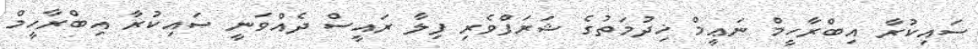
ސައިކުރާ އިބްރާހީމް ނަޢީމް ޚިދުމަތުގެ ޝަރަފްވެރި ފިލާ ރައީސް ދެއްވަނީ ސައިކުރާ އިބްރާހީމް